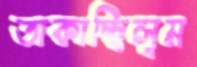
তাকাচ্ছিলুম